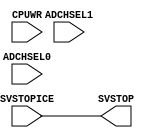
module svmodif2(SVSTOP,SVSTOPICE,CPUWR,ADCHSEL1,ADCHSEL0);
   output SVSTOP;
   input SVSTOPICE;
   input CPUWR;
   input ADCHSEL1;
   input ADCHSEL0;
   
   assign SVSTOP = SVSTOPICE;   
endmodule